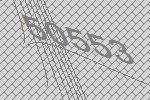
50553